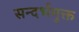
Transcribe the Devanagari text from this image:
सन्दर्भमुक्त